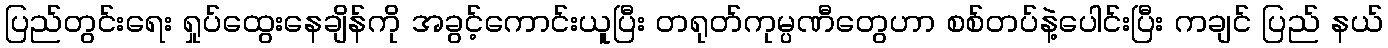
ပြည်တွင်းရေး ရှုပ်ထွေးနေချိန်ကို အခွင့်ကောင်းယူပြီး တရုတ်ကုမ္ပဏီတွေဟာ စစ်တပ်နဲ့ပေါင်းပြီး ကချင် ပြည် နယ်